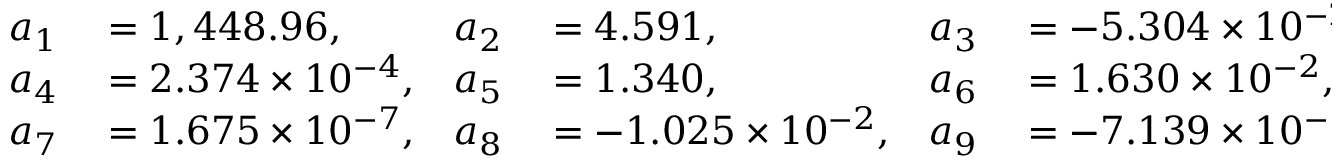
\begin{array} { r l r l r l } { a _ { 1 } } & { { } = 1 , 4 4 8 . 9 6 , } & { a _ { 2 } } & { { } = 4 . 5 9 1 , } & { a _ { 3 } } & { { } = - 5 . 3 0 4 \times 1 0 ^ { - 2 } , } \\ { a _ { 4 } } & { { } = 2 . 3 7 4 \times 1 0 ^ { - 4 } , } & { a _ { 5 } } & { { } = 1 . 3 4 0 , } & { a _ { 6 } } & { { } = 1 . 6 3 0 \times 1 0 ^ { - 2 } , } \\ { a _ { 7 } } & { { } = 1 . 6 7 5 \times 1 0 ^ { - 7 } , } & { a _ { 8 } } & { { } = - 1 . 0 2 5 \times 1 0 ^ { - 2 } , } & { a _ { 9 } } & { { } = - 7 . 1 3 9 \times 1 0 ^ { - 1 3 } , } \end{array}